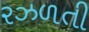
રઝળતી